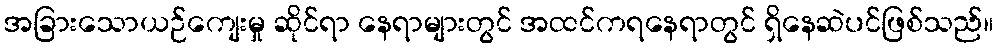
အခြားသောယဉ်ကျေးမှု ဆိုင်ရာ နေရာများတွင် အထင်ကရနေရာတွင် ရှိနေဆဲပင်ဖြစ်သည်။